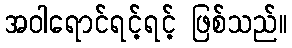
အဝါရောင်ရင့်ရင့် ဖြစ်သည်။